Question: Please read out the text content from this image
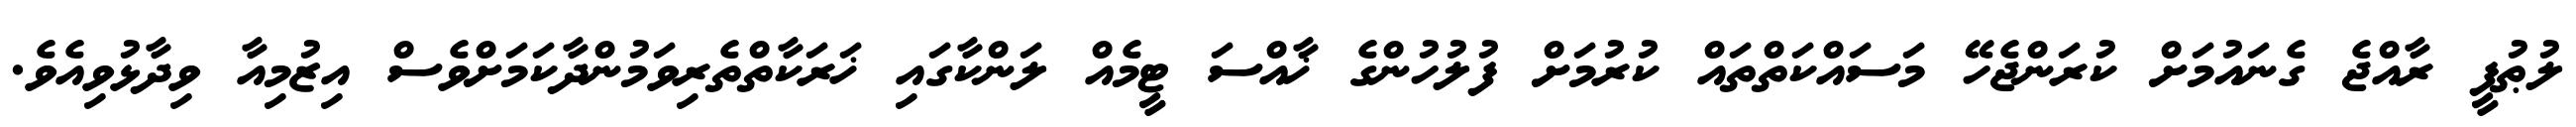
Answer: ލުޠުފީ ރާއްޖެ ގެނައުމަށް ކުރަންޖެހޭ މަސައްކަތްތައް ކުރުމަށް ފުލުހުންގެ ޚާއްސަ ޓީމެއް ލަންކާގައި ޚަރަކާތްތެރިވަމުންދާކަމަށްވެސް އިޒުމިއާ ވިދާޅުވިއެވެ.